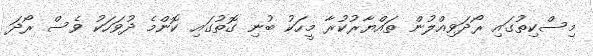
މިސްކިތުގައި ރޯދަވިއްލުން ތައްޔާރުކުރާ މީހަކު ބުނި ގޮތުގައި ކޮންމެ ދުވަހަކު ވެސް ރޯދަ